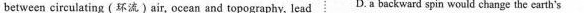
between circuiating (环流)air, ocean and topography, lead D.A backward spin would change the earth's